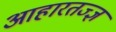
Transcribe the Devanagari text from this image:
आहारतज्ज्ञ